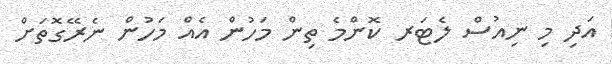
އަދި މި ނިއުސް ލެޓަރ ކޮންމެ ތިން މަހުން އެއް މަހުން ނެރޭގޮތަށް